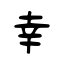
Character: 幸